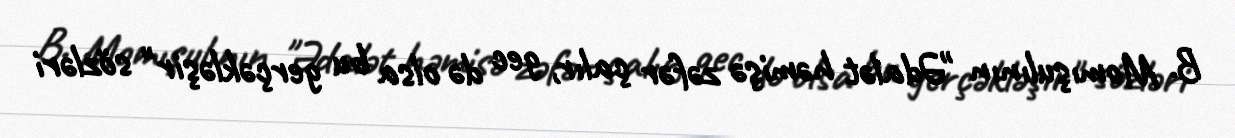
B. Momışulının "Ədalət həmişə zəfər çalır, gec də olsa bu gerçəkləşir" sözləri